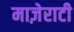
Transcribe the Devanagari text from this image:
माज़ेराटी